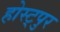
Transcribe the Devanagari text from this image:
होस्ट्पुर